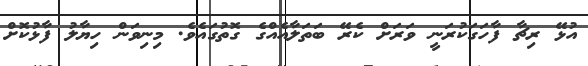
އުޅޭ ރިޗާ ފާހަގަކުރަނީ ވަރަށް ކެރޭ ބަތަލާއެއްގެ ގޮތުގައެވެ. މިނިވަން ހިޔާލު ފާޅުކޮށް